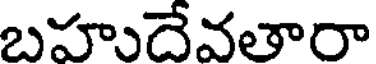
బహుదేవతారా